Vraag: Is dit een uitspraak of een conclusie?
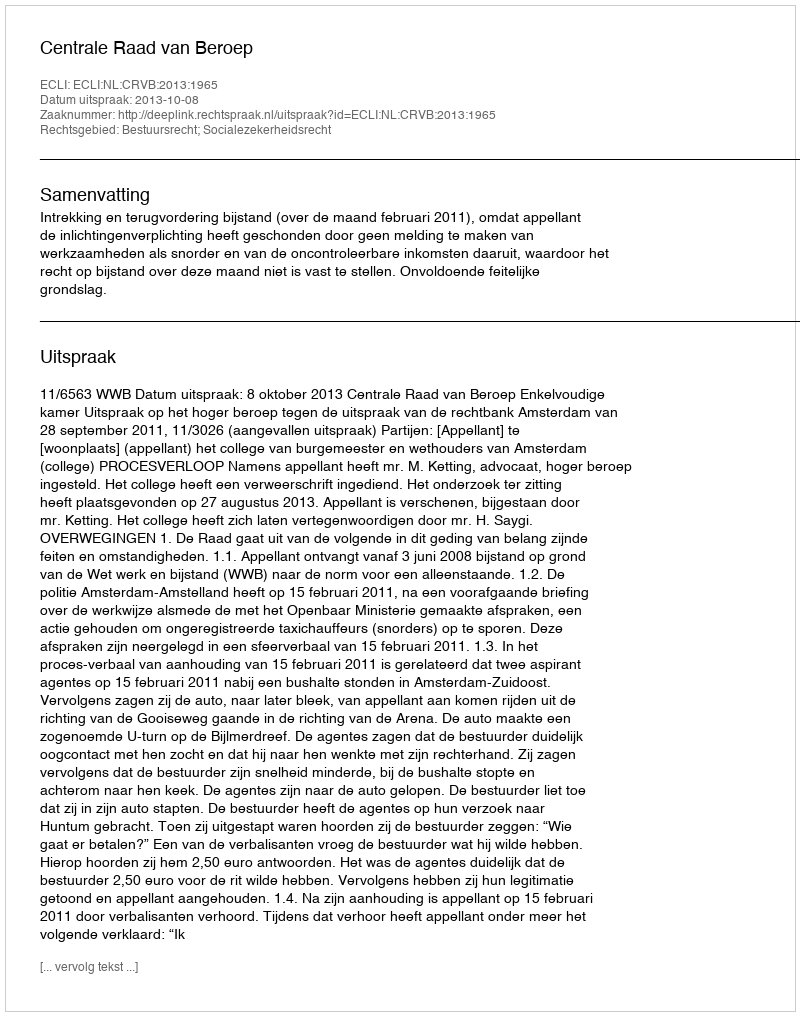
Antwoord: Uitspraak